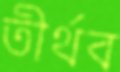
তীর্থব